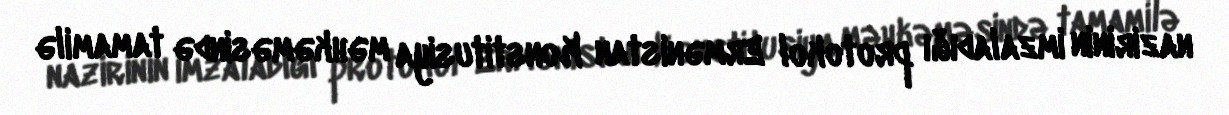
nazirinin imzaladığı protokol Ermənistan Konstitusiya məhkəməsində tamamilə